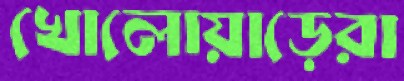
খোলোয়াড়েরা